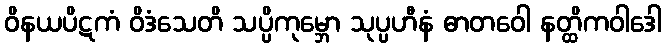
ဝိနယပိဋကံ ဝိဒံသေတိ သပ္ပိကုမ္ဘော သုပ္ပဟီနံ ဓာတဝေါ နတ္ထိကဝါဒေါ